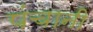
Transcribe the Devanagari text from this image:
पंचानी